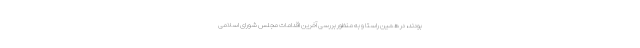
بودند، در همین راستا و به منظور بررسی آخرین اقدامات مجلس شورای اسلامی